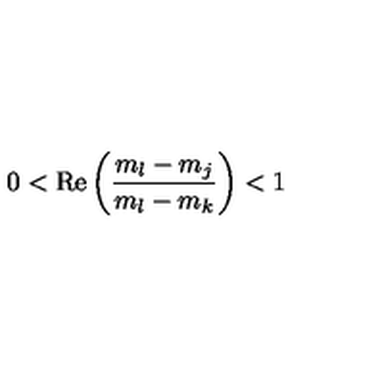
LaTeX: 0 < \mathrm { R e } \left( \frac { m _ { l } - m _ { j } } { m _ { l } - m _ { k } } \right) < 1